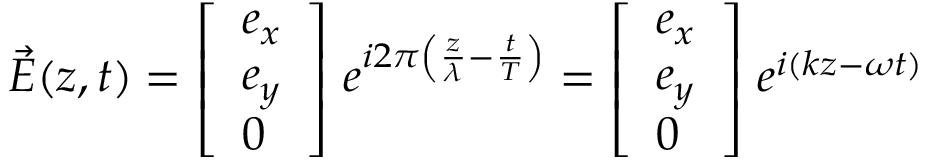
{ \vec { E } } ( z , t ) = { \left[ \begin{array} { l } { e _ { x } } \\ { e _ { y } } \\ { 0 } \end{array} \right] } \; e ^ { i 2 \pi \left( { \frac { z } { \lambda } } - { \frac { t } { T } } \right) } = { \left[ \begin{array} { l } { e _ { x } } \\ { e _ { y } } \\ { 0 } \end{array} \right] } \; e ^ { i ( k z - \omega t ) }